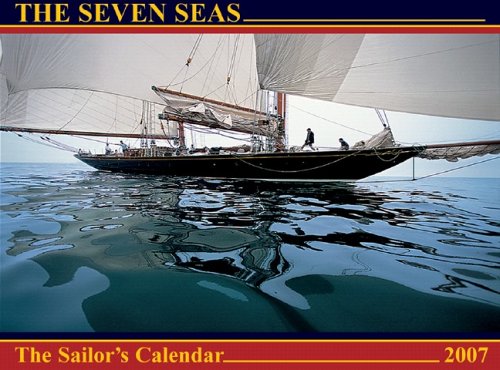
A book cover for The Seven Seas 2007 Calendar: The Sailor's Calendar; Ferenc MÃ¡tÃ©; Calendars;